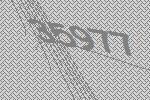
35977